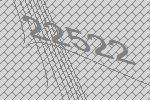
22522